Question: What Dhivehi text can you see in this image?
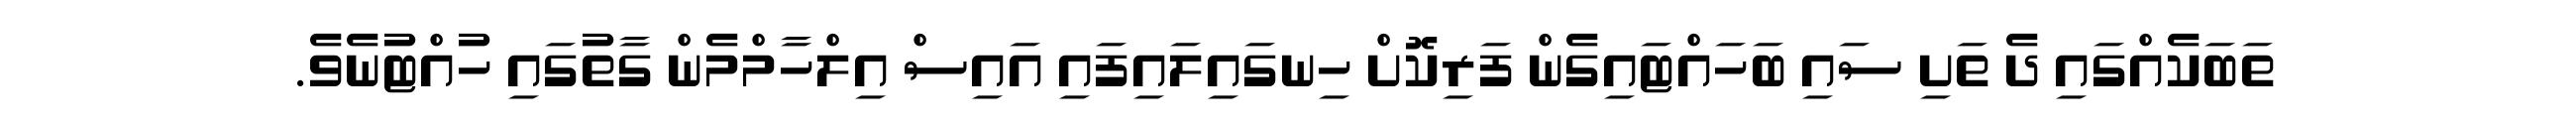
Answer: ތަބަކެއްގައި ދެ ތަށި ސައި ބަހައްޓައިގެން ފަރިކޮށް ހިނގައިލައިފައި އައިސް އިލްހާމްމެން ގާތުގައި ހުއްޓުނެވެ.